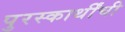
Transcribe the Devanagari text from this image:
पुरस्कार्थींची